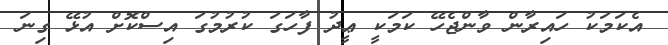
އެކަމަކު ހައިރާން ވާންޖެހޭ ކަމަކީ ޢީދު ފާހަގަ ކުރުމުގަ އިސްކޮށް އުޅޭ ގިނަ